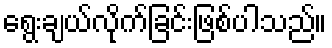
ရွေးချယ်လိုက်ခြင်းဖြစ်ပါသည်။